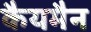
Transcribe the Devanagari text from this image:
कैयमैन